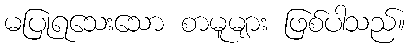
မပြုရသေးသော စာမူများ ဖြစ်ပါသည်။